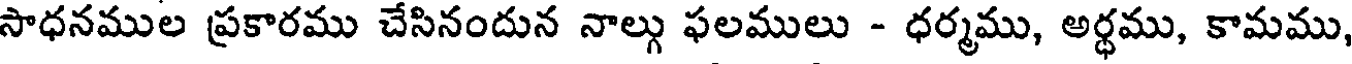
సాధనముల ప్రకారము చేసినందున నాల్గు ఫలములు - ధర్మము, అర్ధము, కామము,